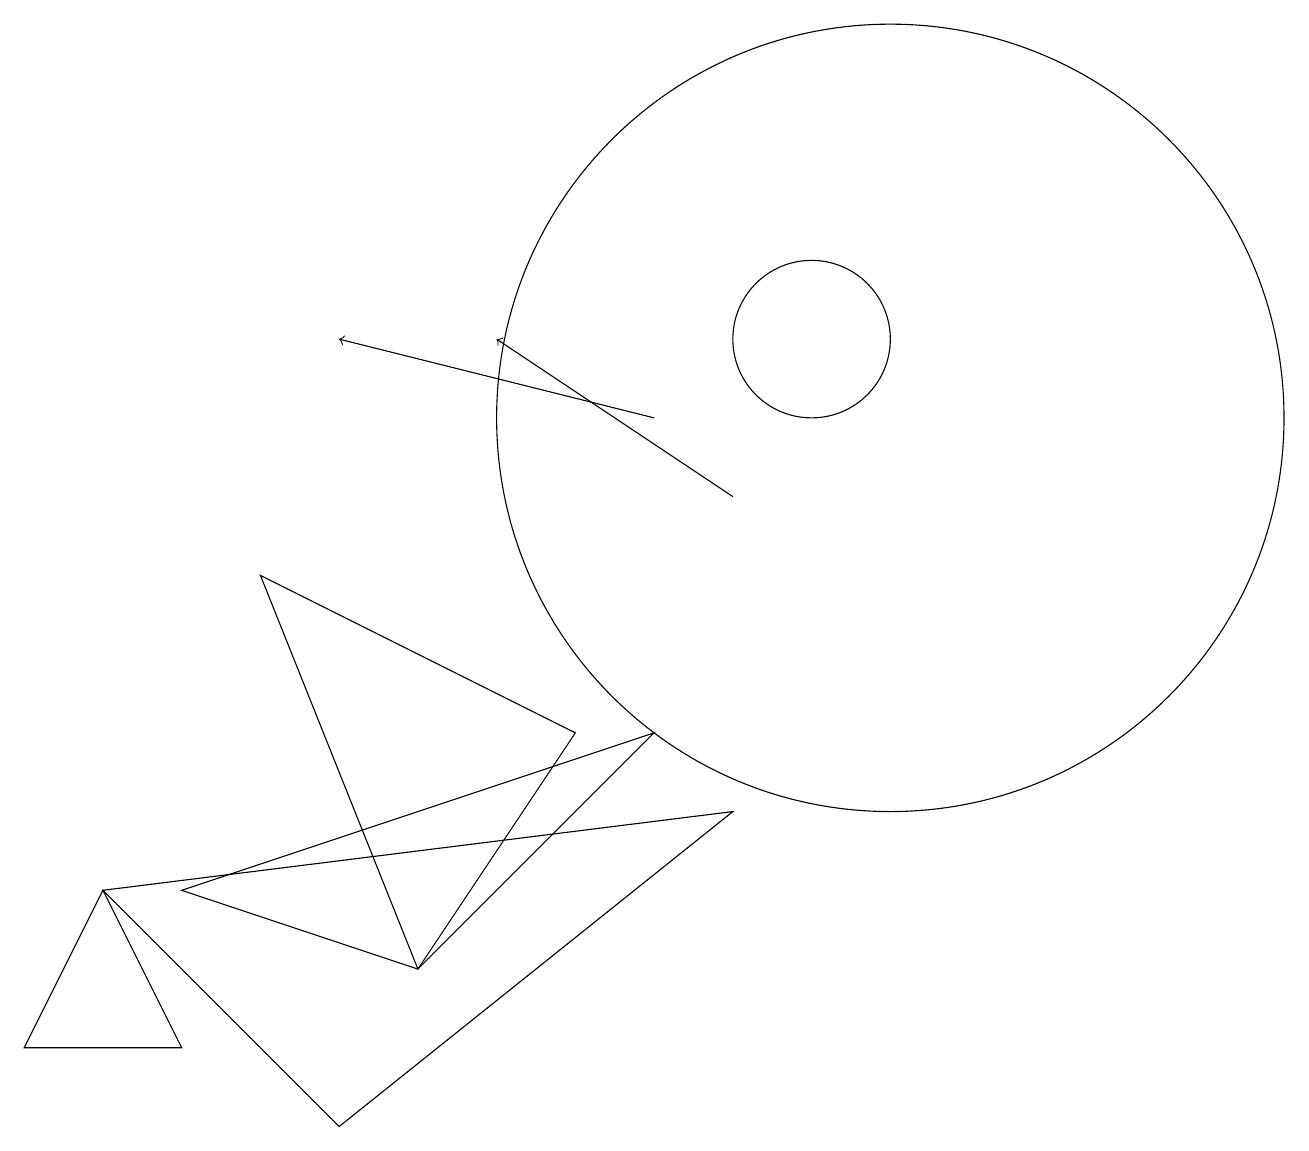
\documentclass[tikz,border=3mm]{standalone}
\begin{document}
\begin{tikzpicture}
\draw (8,7) -- (2,5) -- (5,4) -- cycle;
\draw (10,12) circle (1);
\draw[->] (9,10) -- (6,12);
\draw (9,6) -- (1,5) -- (4,2) -- cycle;
\draw (11,11) circle (5);
\draw (1,5) -- (0,3) -- (2,3) -- cycle;
\draw[->] (8,11) -- (4,12);
\draw (7,7) -- (5,4) -- (3,9) -- cycle;
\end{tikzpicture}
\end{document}